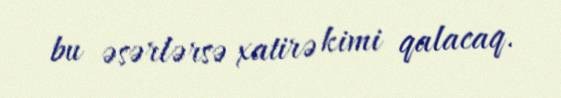
bu əsərlərsə xatirə kimi qalacaq.